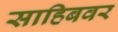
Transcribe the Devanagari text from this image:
साहिबवर